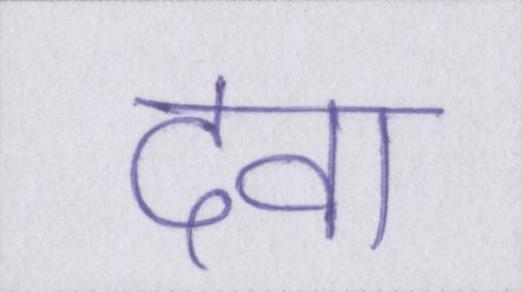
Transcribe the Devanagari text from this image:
दवा